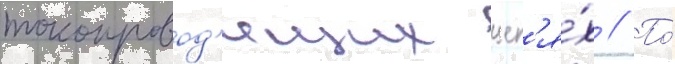
токопровод'ящих цеп'я́х // По́